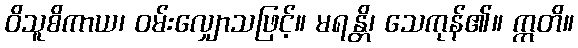
ဝိသူစိကာယ၊ ဝမ်းလျှောသဖြင့်။ မရန္တိ၊ သေကုန်၏။ ဣတိ။